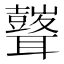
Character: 𮋾